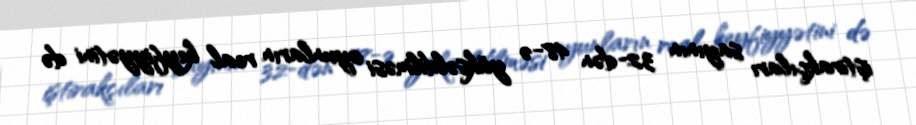
iştirakçıları sayının 32-dən 48-ə yüksəldilməsi oyunların real keyfiyyətini də